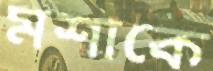
মশাকে